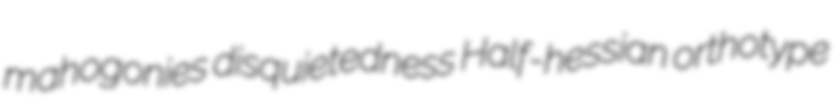
mahogonies disquietedness Half-hessian orthotype